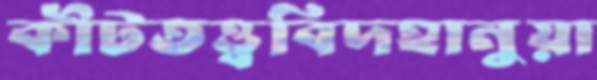
কীটতত্ত্ববিদহানুয়া